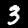
Label: 3